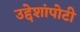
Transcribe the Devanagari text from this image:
उद्देशांपोटी